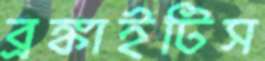
ব্রঙ্কাইটিস